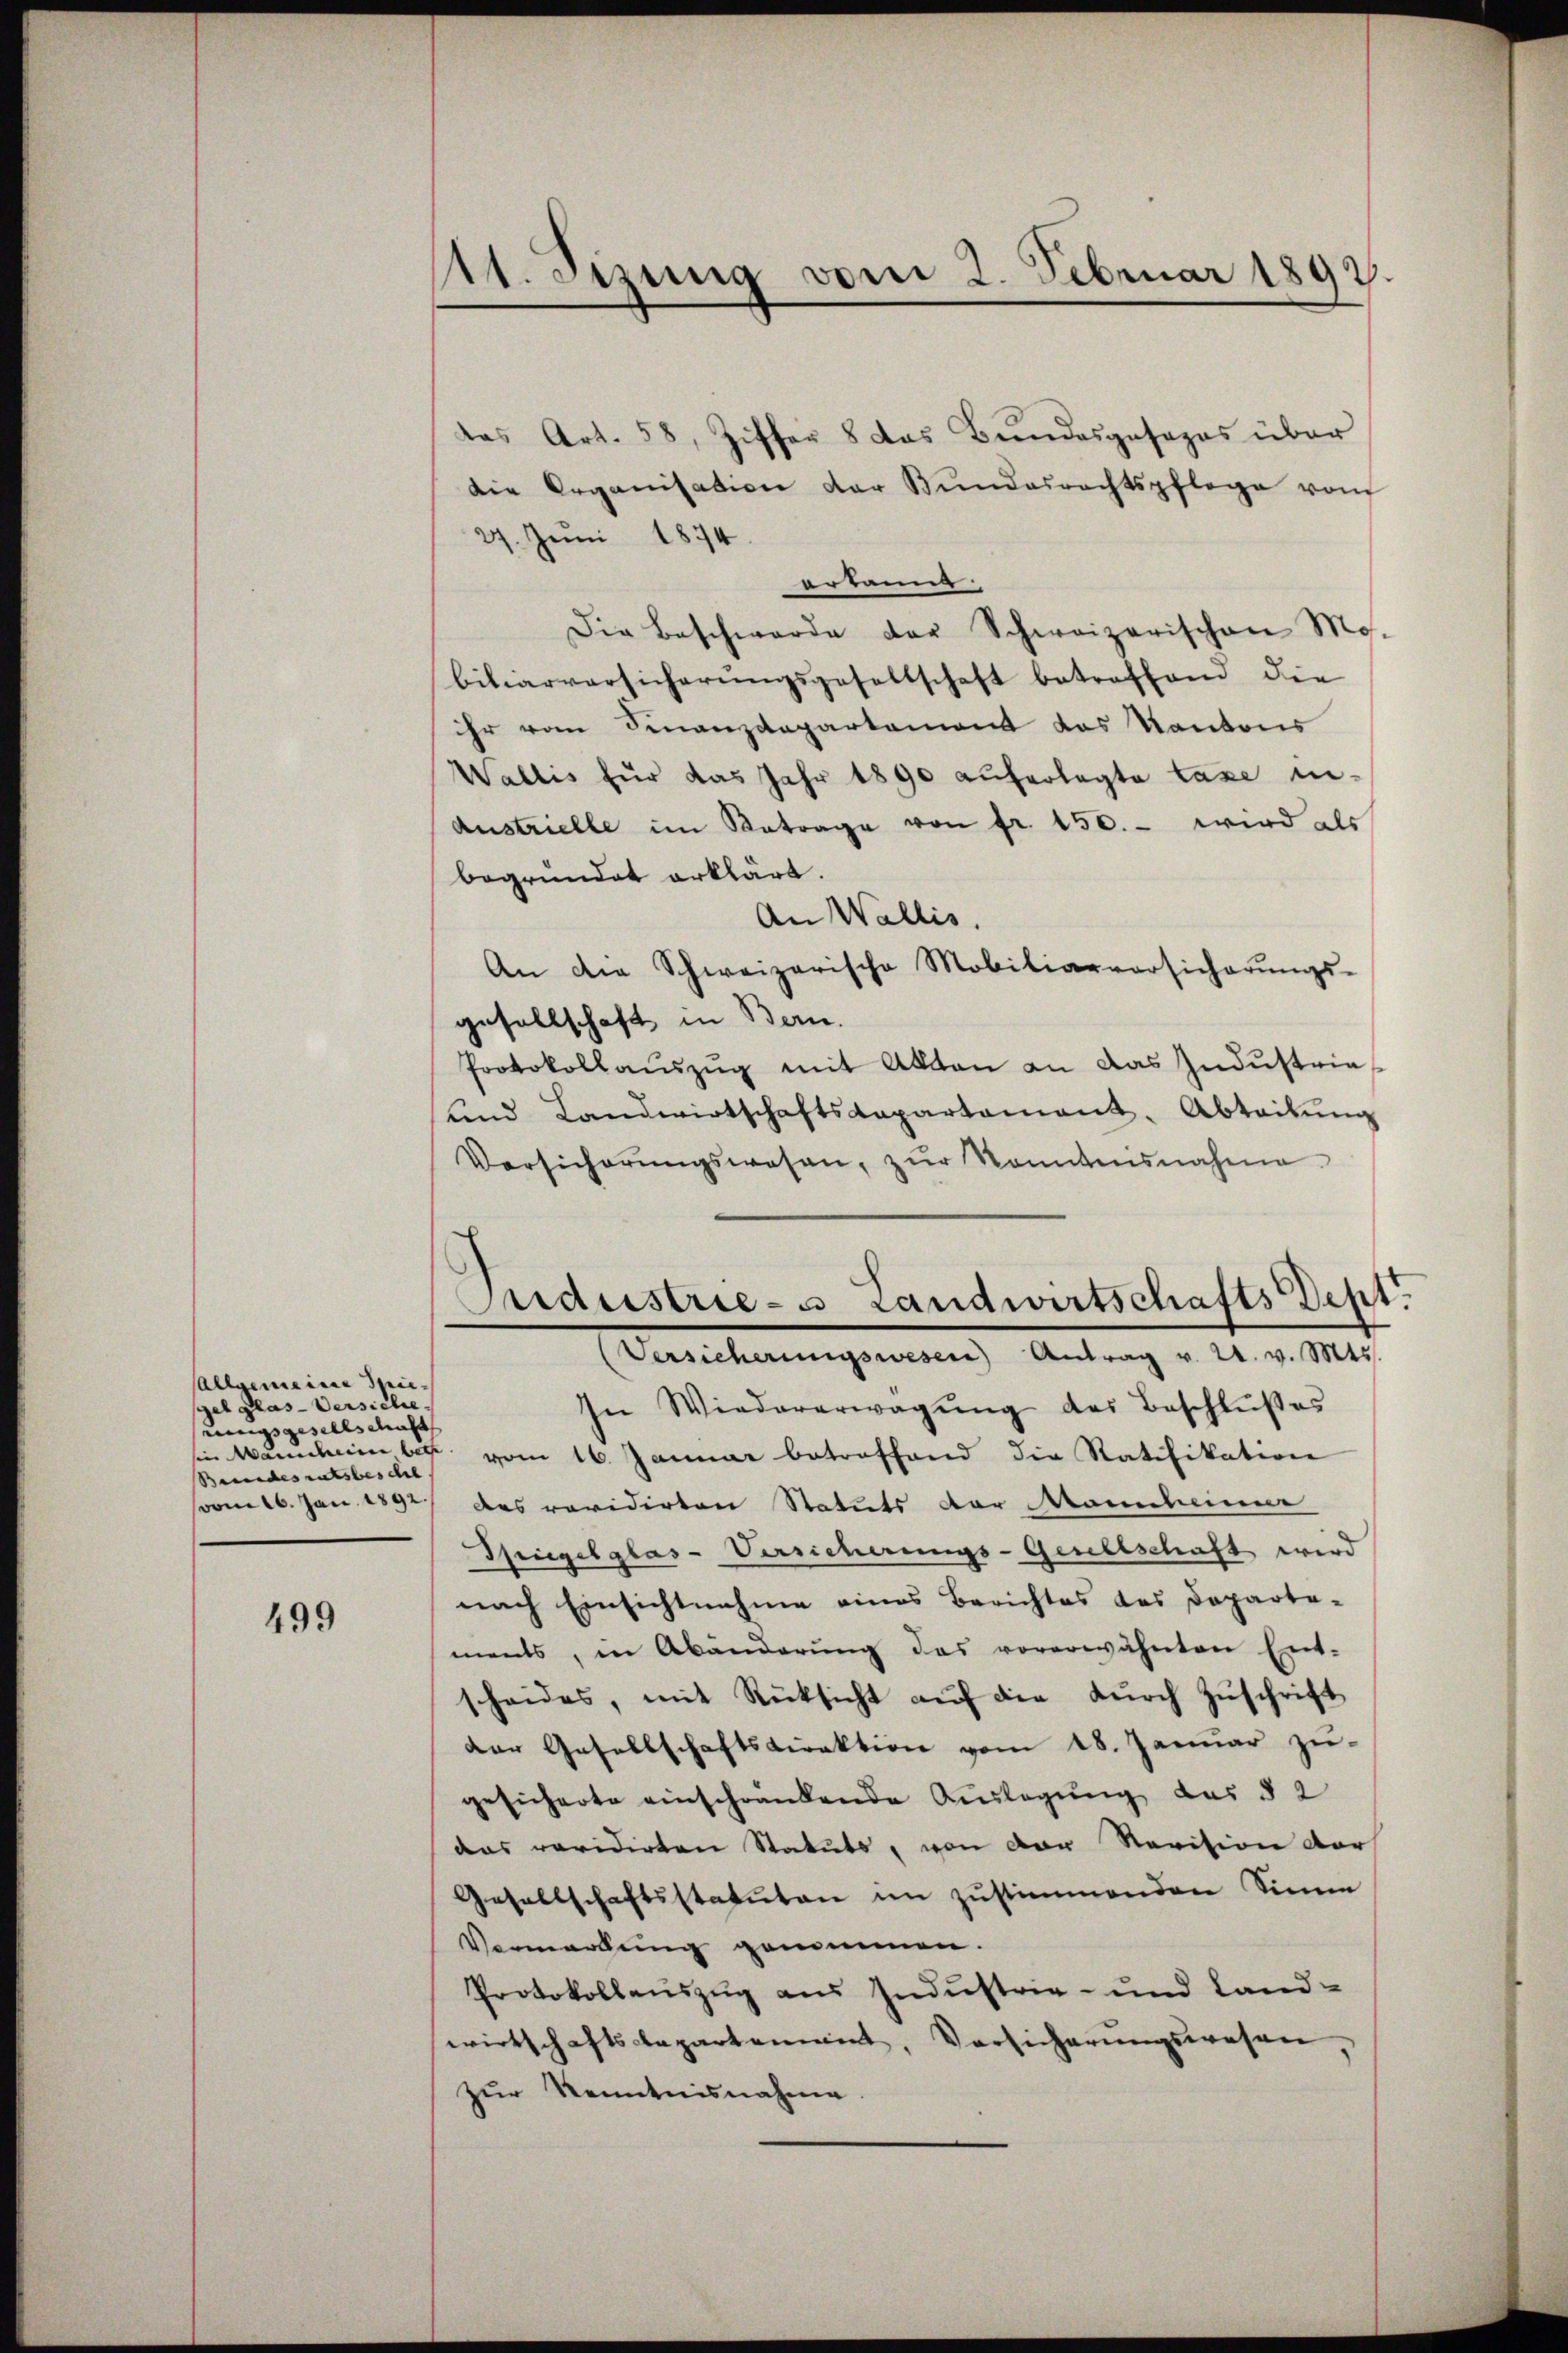
allgemeine Spiegel glas-Versiche
rungsgesellschacht
Bexandesratsbeschl. |

499

A. Sizung vom 2. Februar 1892.

das Art. 58, Ziffer 8 das Bundesgesezes über
die Organisation der Bundesrechtspflege vom
27. Juni 1874.
erkannt.
Die Beschwerde der Schweizerischen Mo-
biliarversicherŭngsgesellschaft betreffend die
ihr vom Finanzdepartement das Kantons
Wallis für das Jahr 1890 auferlegte Taxe in-
Austrielle im Betrage von fr. 150.- wird als
begründet erklärt.
An Wallis.
An die Schweizerische Mobiliarversicherŭngs-
gesellschaft in Bern.
Protokollaŭszŭg mit Akten an das Industria
ŭnd Landwirtschaftskapartement. Abteilŭng
Versicherŭngswesen, zŭr kanntensnahme.

—
ndustrie- u Landwirtschafts Dept.
(Versicherungswesen Antrag v. 24. v. Mts.

In Wiedererwägŭng des Beschlŭβes
sin Mannheim bis vom 16. Januar betreffend die Ratifikation
soom 16. Jan. 1592 des revidirten Statuts der Mancheine
Spiegelglas-Versicherungs-Geselschaft wird
nach Einsichtnahme eines Berichtes des Departe-
ments, in Abänderŭng das vorerwähnten Ent-
scheides, mit Rücksicht aŭf die dŭrch Zŭschrift
der Gesellschaftsdirektion vom 18. Januar zu-
gesicherte einschwandende Auslegung des § 2
das revidirten Statuts, von der Revision vor
Gesellschaftsstatuten im zustimmenden Sinne
Vermerkung genommen.
Protokollauszug aus Industrie- und Landwirtschaftsdepartenannt, Vorsicherŭngswesen,
zur Kenntnisnahme